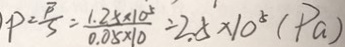
P = \frac { F } { S } = \frac { 1 . 2 5 \times 1 0 ^ { 5 } } { 0 . 0 5 \times 1 0 } = 2 . 5 \times 1 0 ^ { 5 } ( P a )